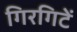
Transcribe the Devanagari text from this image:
गिरगिटें